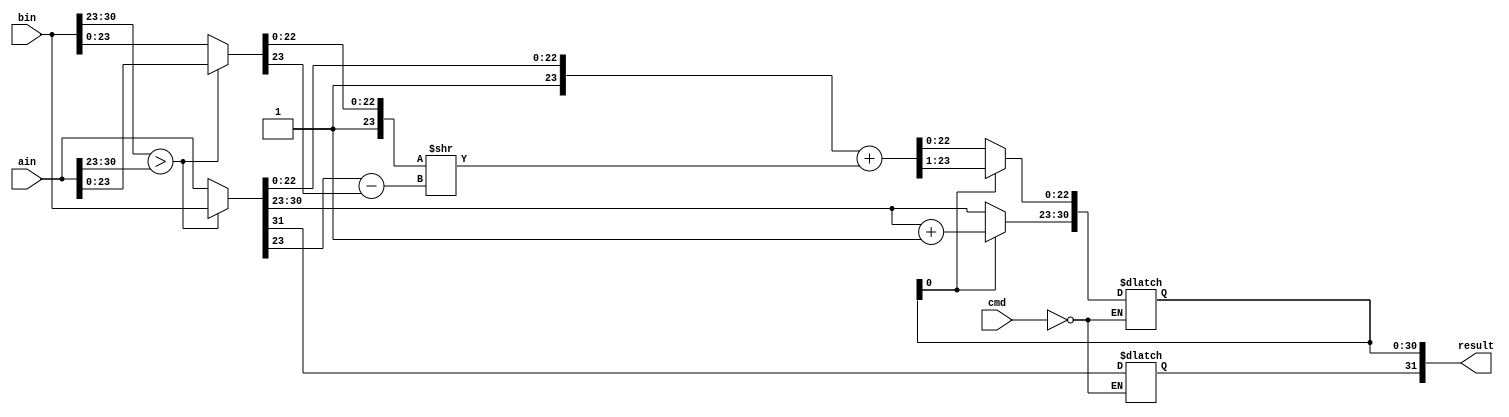

module FloatingPointUnit
	#(parameter BUS_WIDTH = 32)
	(
		input wire [31:0] ain,
		input wire [31:0] bin,
		input wire [3:0] cmd,

		output reg [31:0] result
	);

	reg shift_count = 0;
	reg [23:0] mantissaA;
	reg [23:0] mantissaB;

	reg [24:0] tmpResult;
	reg [31:0] tmp;

	reg [31:0] a;
	reg [31:0] b;

	task add;	
	begin
		a = ain;
		b = bin;

		if(b[30:23] > a[30:23])
		begin
			tmp = a;
			a = b;
			b = tmp;
		end	

		mantissaA[22:0] = a[22:0];
		mantissaA[23] = 1;
		
		mantissaB[22:0] = b[22:0];
		mantissaB[23] = 1;


		shift_count = a[30:23] - b[30:23];

		mantissaB = mantissaB >> shift_count;
		tmpResult = (mantissaA + mantissaB); 
		
		if(result[0])
		begin
			result[30:23] = a[30:23] + 1;
			result[22:0] = tmpResult >> 1;
		end
		else
		begin
			result[22:0] = tmpResult;
			result[30:23] = a[30:23];
		end

		result[31] = a[31];
	end
	endtask

	always @(cmd or ain or bin)
	begin
		case(cmd)
			// ADD
			0: add();
		endcase
	end
endmodule